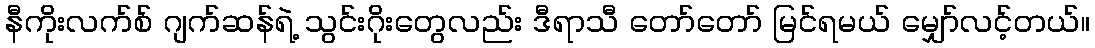
နီကိုးလက်စ် ဂျက်ဆန်ရဲ့ သွင်းဂိုးတွေလည်း ဒီရာသီ တော်တော် မြင်ရမယ် မျှော်လင့်တယ်။